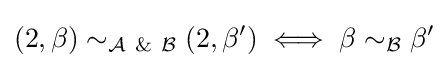
(2,\beta )\sim _{{\mathcal {A}}\ \&\ {\mathcal {B}}}(2,\beta ')\iff \beta \sim _{\mathcal {B}}\beta '